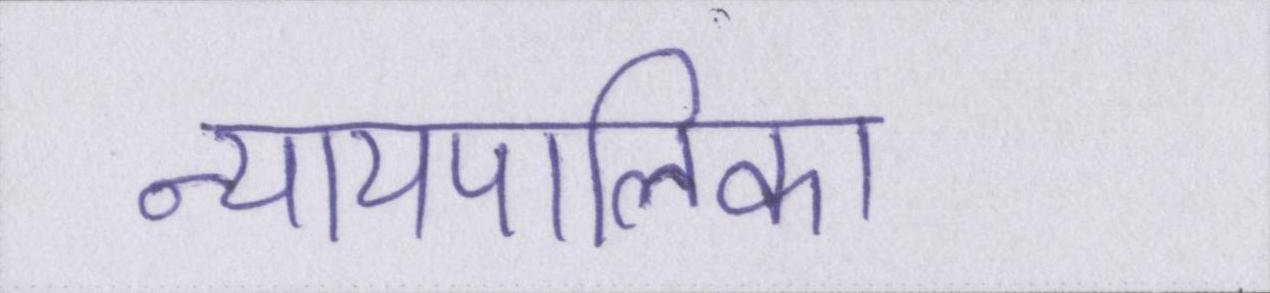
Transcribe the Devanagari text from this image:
न्यायपालिका